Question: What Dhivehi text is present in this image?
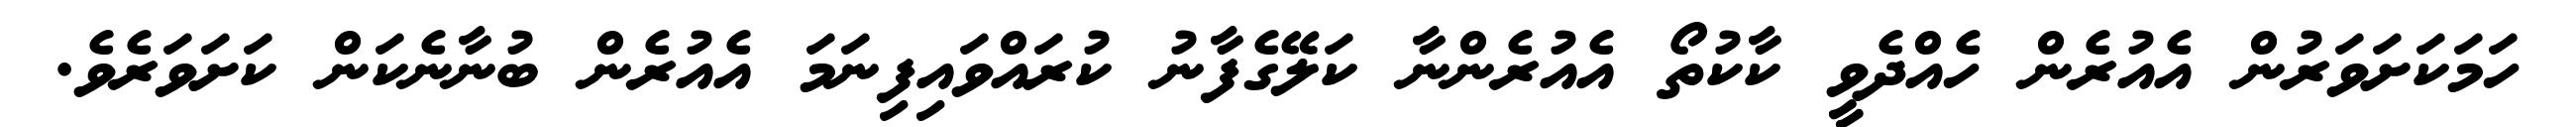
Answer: ހަމަކަށަވަރުން އެއުރެން ހެއްދެވީ ކާކުތޯ އެއުރެންނާ ކަލޭގެފާނު ކުރައްވައިފިނަމަ އެއުރެން ބުނާނެކަން ކަށަވަރެވެ.